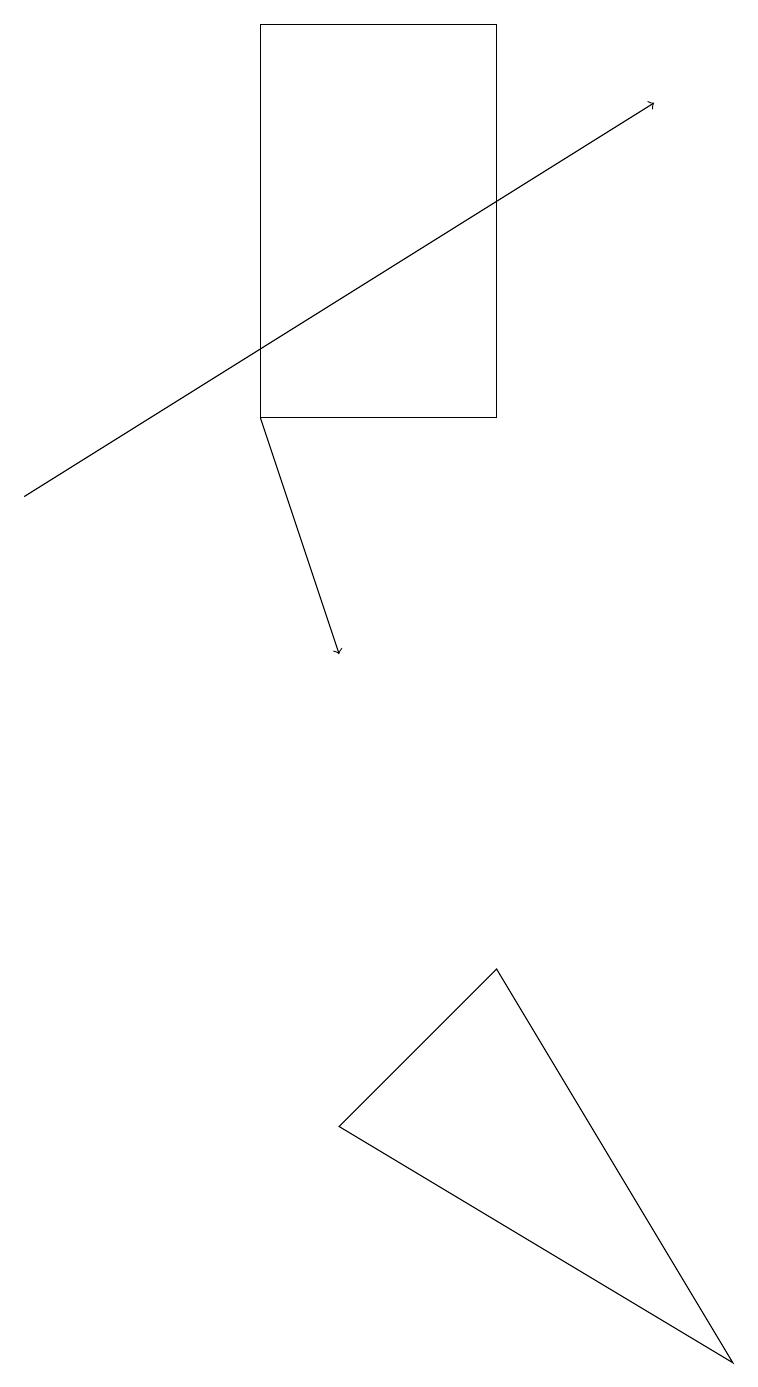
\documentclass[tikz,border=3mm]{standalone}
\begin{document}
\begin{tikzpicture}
\draw[->] (0,13) -- (8,18);
\draw (3,14) rectangle (6,19);
\draw (6,7) -- (9,2) -- (4,5) -- cycle;
\draw[->] (3,14) -- (4,11);
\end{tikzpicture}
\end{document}